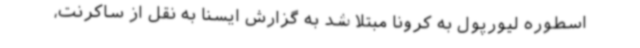
اسطوره لیورپول به کرونا مبتلا شد به گزارش ایسنا به نقل از ساکرنت،